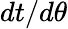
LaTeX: dt/d\theta